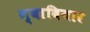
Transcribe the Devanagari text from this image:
ग्वावियार